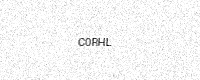
Text: C0RHL